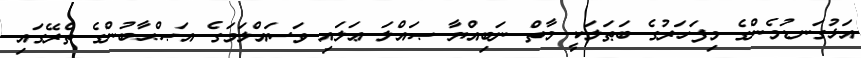
އަޅުގަނޑުމެންގެ މިފަހަރުގެ ބަޠަލަކީ މާތް ނަބިއްޔާ ޞައްލަ ޢަލައި ވަސައްލަމަގެ އަޞްޙާބުންގެ ތެރޭގައި